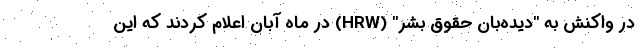
در واکنش به "دیده‌بان حقوق بشر" (HRW) در ماه آبان اعلام کردند که این